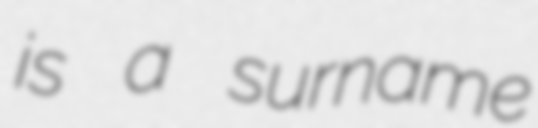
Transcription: is a surname